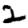
Digit: 2